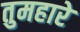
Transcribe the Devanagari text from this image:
तुमहारे